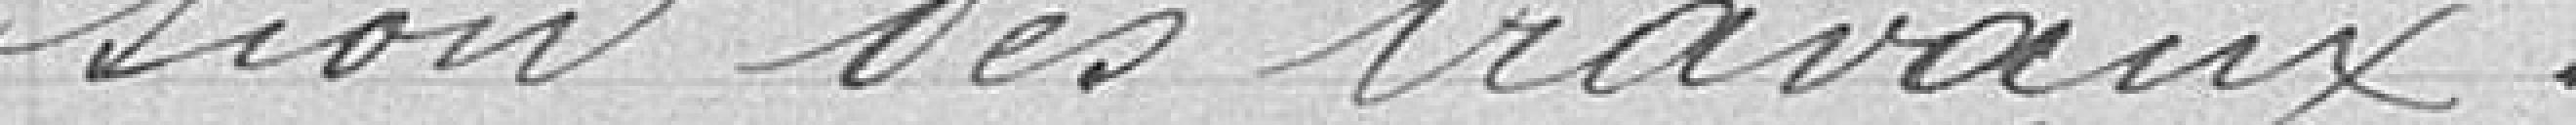
sion des travaux.